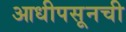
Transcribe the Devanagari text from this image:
आधीपसूनची